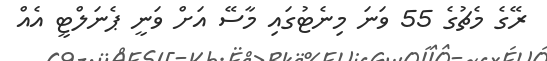
ރޭގެ މެޗުގެ 55 ވަނަ މިނެޓުގައި މާސޭ އަށް ވަނީ ޕެނަލްޓީ އެއް